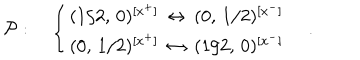
LaTeX: { \cal P } : \quad \left\{ \begin{array} { l } { { ( 1 / 2 , \, 0 ) ^ { [ x ^ { + } ] } \, \leftrightarrow \, ( 0 , \, 1 / 2 ) ^ { [ x ^ { - } ] } } } \\ { { ( 0 , \, 1 / 2 ) ^ { [ x ^ { + } ] } \, \leftrightarrow \, ( 1 / 2 , \, 0 ) ^ { [ x ^ { - } ] } } } \\ \end{array} \right. \quad .